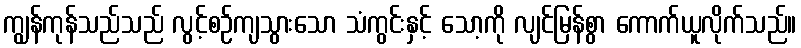
ကျွန်ကုန်သည်သည် လွင့်စဉ်ကျသွားသော သံကွင်းနှင့် သော့ကို လျင်မြန်စွာ ကောက်ယူလိုက်သည်။